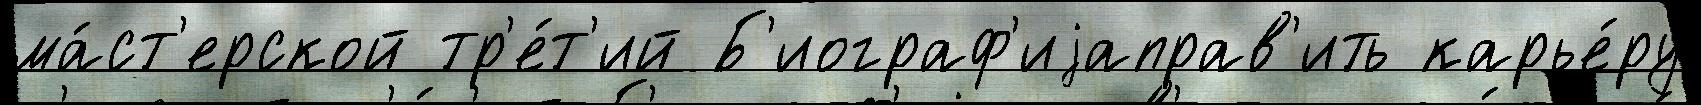
ма́ст'ерской тр'е́т'ий Б'иограф'иjаправ'ить карье́ру